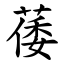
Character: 䔀